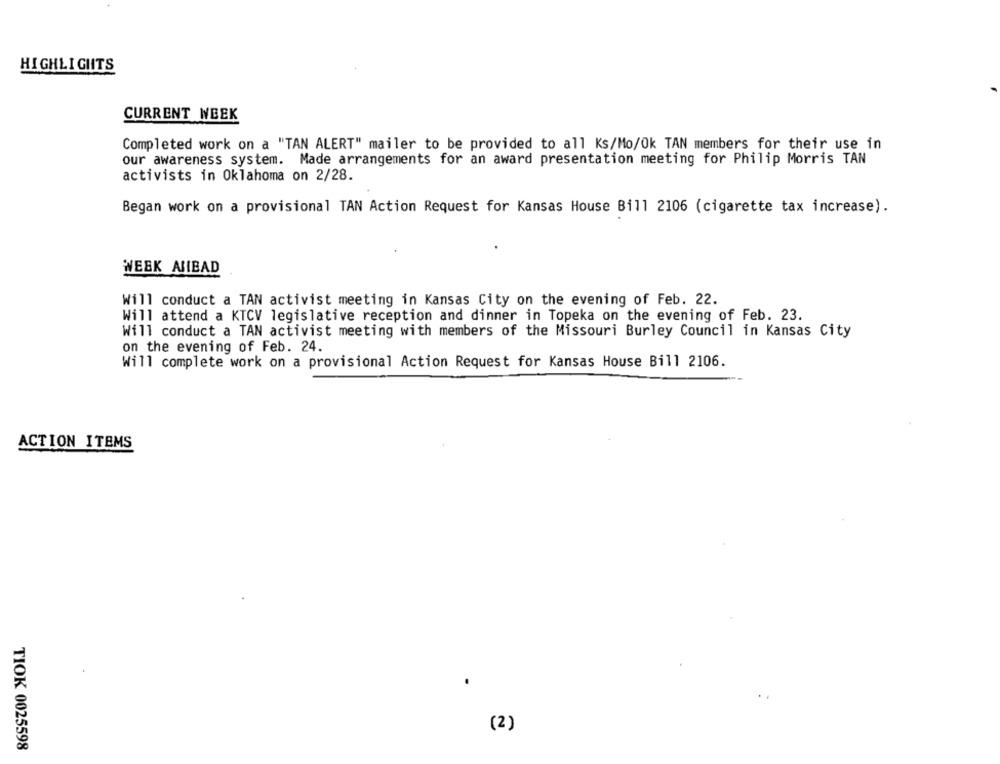
HIGHLIGHTS
CURRENT WEEK
Completed work on a "TAN ALERT" mailer to be provided to all Ks/Mo/Ok TAN members for their use in
our awareness system. Made arrangements for an award presentation meeting for Philip Morris TAN
activists in Oklahoma on 2/28.
Began work on a provisional TAN Action Request for Kansas House Bill 2106 (cigarette tax increase).
WEEK AHEAD
Will conduct a TAN activist meeting in Kansas City on the evening of Feb. 22.
Will attend a KTCV legislative reception and dinner in Topeka on the evening of Feb. 23.
Will conduct a TAN activist meeting with members of the Missouri Burley Council in Kansas City
on the evening of Feb. 24.
Will complete work on a provisional Action Request for Kansas House Bill 2106.
ACTION ITEMS
(2)
TIOK 0025598